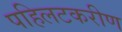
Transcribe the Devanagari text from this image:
पहिलटकरीण